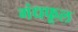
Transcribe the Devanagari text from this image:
गंधफूल